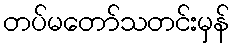
တပ်မတော်သတင်းမှန်